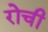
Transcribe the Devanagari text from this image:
रोची